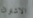
الاشتراك